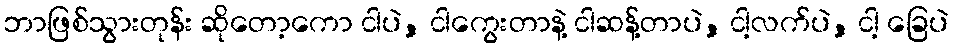
ဘာဖြစ်သွားတုန်း ဆိုတော့ကော ငါပဲ, ငါကွေးတာနဲ့ ငါဆန့်တာပဲ, ငါ့လက်ပဲ, ငါ့ ခြေပဲ